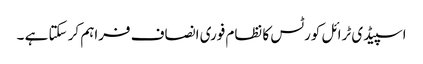
اسپیڈی ٹرائل کورٹس کا نظام فوری انصاف فراہم کر سکتا ہے ۔